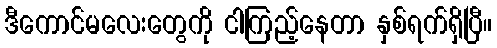
ဒီကောင်မလေးတွေကို ငါကြည့်နေတာ နှစ်ရက်ရှိပြီ။